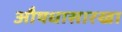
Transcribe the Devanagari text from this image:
औषधासारखा